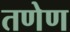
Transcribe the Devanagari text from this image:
तणेण